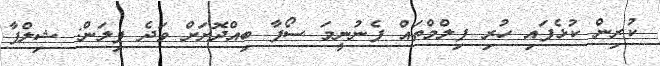
ކުރިން ކުޅެފައި ހުރި ފިލްމްތައް ފެނުނީމަ ސޯފާ ބިއްދޮށަށް ވަދެ ފިލަން: ޝިލްޕާ